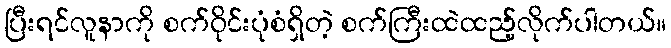
ပြီးရင်လူနာကို စက်ဝိုင်းပုံစံရှိတဲ့ စက်ကြီးထဲထည့်လိုက်ပါတယ်။